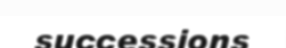
successions